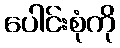
ပေါင်းစုံကို